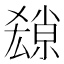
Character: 𡮱